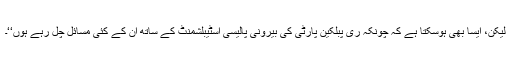
لیکن، ایسا بھی ہوسکتا ہے کہ چونکہ ری پبلکین پارٹی کی بیرونی پالیسی اسٹیبلشمنٹ کے ساتھ اُن کے کئی مسائل چل رہے ہوں‘‘۔